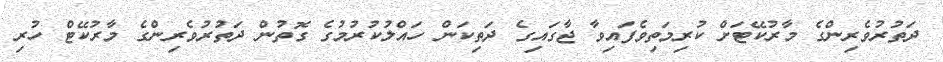
ދަތުރުވެރިންގެ މާރުކޭޓަށް ކުރިމަތިވެފައިވާ ޖާގައިގެ ދަތިކަން ހައްލުކުރުމުގެ ގޮތުން ދަތުރުވެރިންގެ މާރުކޭޓް ހުރި